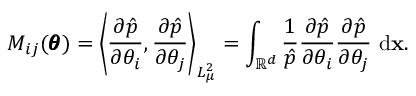
M _ { i j } ( \pmb \theta ) = \left\langle \frac { \partial \hat { p } } { \partial \theta _ { i } } , \frac { \partial \hat { p } } { \partial \theta _ { j } } \right\rangle _ { L _ { \mu } ^ { 2 } } = \int _ { \mathbb { R } ^ { d } } \frac { 1 } { \hat { p } } \frac { \partial \hat { p } } { \partial \theta _ { i } } \frac { \partial \hat { p } } { \partial \theta _ { j } } \ \mathrm d \mathbf x .